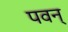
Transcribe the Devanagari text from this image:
पवन्